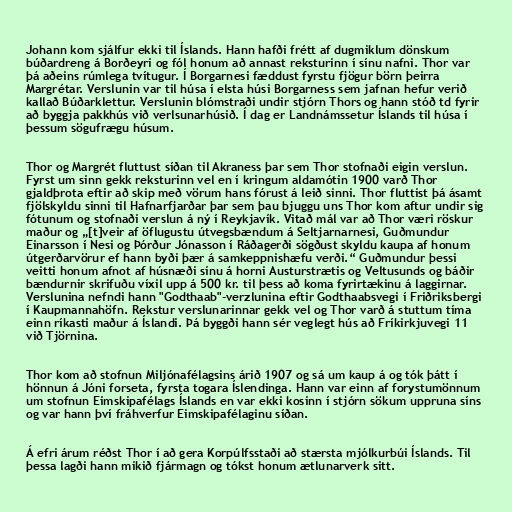
Johann kom sjálfur ekki til Íslands. Hann hafði frétt af dugmiklum dönskum
búðardreng á Borðeyri og fól honum að annast reksturinn í sínu nafni. Thor var
þá aðeins rúmlega tvítugur. Í Borgarnesi fæddust fyrstu fjögur börn þeirra
Margrétar. Verslunin var til húsa í elsta húsi Borgarness sem jafnan hefur verið
kallað Búðarklettur. Verslunin blómstraði undir stjórn Thors og hann stóð td fyrir
að byggja pakkhús við verlsunarhúsið. Í dag er Landnámssetur Íslands til húsa í
þessum sögufrægu húsum.

Thor og Margrét fluttust síðan til Akraness þar sem Thor stofnaði eigin verslun.
Fyrst um sinn gekk reksturinn vel en í kringum aldamótin 1900 varð Thor
gjaldþrota eftir að skip með vörum hans fórust á leið sinni. Thor fluttist þá ásamt
fjölskyldu sinni til Hafnarfjarðar þar sem þau bjuggu uns Thor kom aftur undir sig
fótunum og stofnaði verslun á ný í Reykjavík. Vitað mál var að Thor væri röskur
maður og „[t]veir af öflugustu útvegsbændum á Seltjarnarnesi, Guðmundur
Einarsson í Nesi og Þórður Jónasson í Ráðagerði sögðust skyldu kaupa af honum
útgerðarvörur ef hann byði þær á samkeppnishæfu verði.“ Guðmundur þessi
veitti honum afnot af húsnæði sínu á horni Austurstrætis og Veltusunds og báðir
bændurnir skrifuðu víxil upp á 500 kr. til þess að koma fyrirtækinu á laggirnar.
Verslunina nefndi hann "Godthaab"-verzlunina eftir Godthaabsvegi í Friðriksbergi
í Kaupmannahöfn. Rekstur verslunarinnar gekk vel og Thor varð á stuttum tíma
einn ríkasti maður á Íslandi. Þá byggði hann sér veglegt hús að Fríkirkjuvegi 11
við Tjörnina.

Thor kom að stofnun Miljónafélagsins árið 1907 og sá um kaup á og tók þátt í
hönnun á Jóni forseta, fyrsta togara Íslendinga. Hann var einn af forystumönnum
um stofnun Eimskipafélags Íslands en var ekki kosinn í stjórn sökum uppruna síns
og var hann því fráhverfur Eimskipafélaginu síðan.

Á efri árum réðst Thor í að gera Korpúlfsstaði að stærsta mjólkurbúi Íslands. Til
þessa lagði hann mikið fjármagn og tókst honum ætlunarverk sitt.